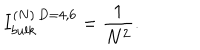
LaTeX: { I _ { b u l k } ^ { ( N ) \, D = 4 , 6 } = { \frac { 1 } { N ^ { 2 } } } . }